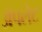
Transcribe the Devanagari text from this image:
अॅपलेट